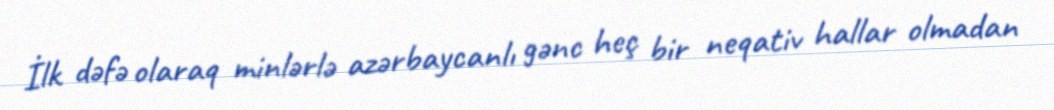
İlk dəfə olaraq minlərlə azərbaycanlı gənc heç bir neqativ hallar olmadan